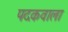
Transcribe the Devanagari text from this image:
पदकवाला